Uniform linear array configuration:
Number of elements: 64
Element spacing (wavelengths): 1
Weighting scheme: kaiser
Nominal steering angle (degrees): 15
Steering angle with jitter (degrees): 14.719
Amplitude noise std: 0.05
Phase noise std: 0.05

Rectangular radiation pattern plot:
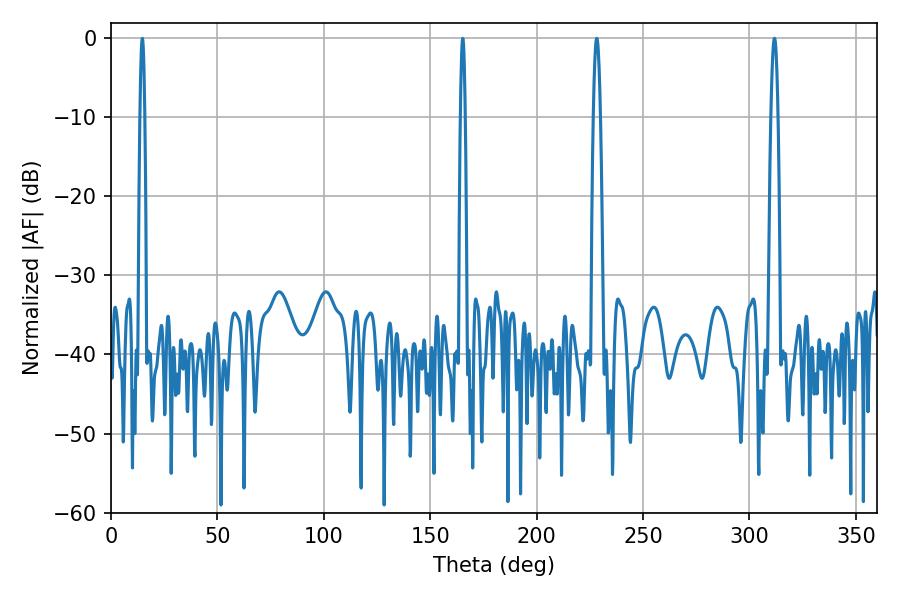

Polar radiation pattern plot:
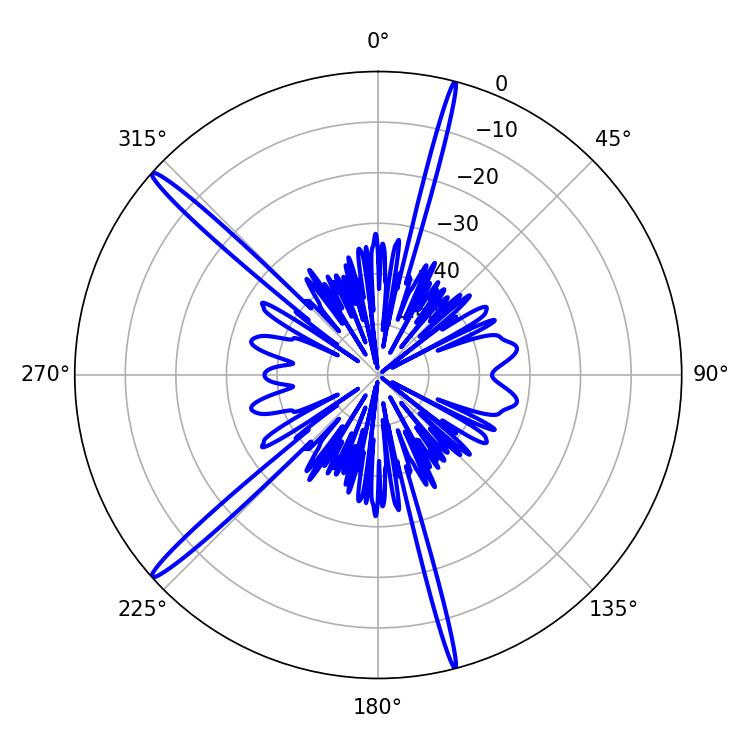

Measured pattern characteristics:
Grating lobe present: TRUE
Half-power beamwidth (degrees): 1.8
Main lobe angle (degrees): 311.76